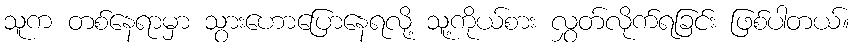
သူက တစ်နေရာမှာ သွားဟောပြောနေရလို့ သူ့ကိုယ်စား လွှတ်လိုက်ရခြင်း ဖြစ်ပါတယ်။